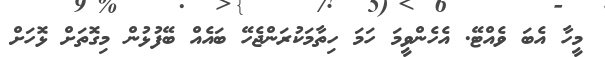
މީހާ އެބަ ވެއްޓޭ. އެހެންވީމަ ހަމަ ހިތާމަކުރަންޖެހޭ ބައެއް ބޭފުޅުން މިގޮތަށް ޅޮހަށް